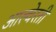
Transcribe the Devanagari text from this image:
आल्वेरती